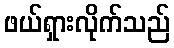
ဖယ်ရှားလိုက်သည်